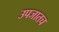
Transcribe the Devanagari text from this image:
उपजातच